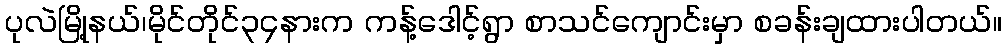
ပုလဲမြို့နယ်၊မိုင်တိုင်၃၄နားက ကန့်ဒေါင့်ရွာ စာသင်ကျောင်းမှာ စခန်းချထားပါတယ်။